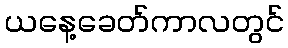
ယနေ့ခေတ်ကာလတွင်